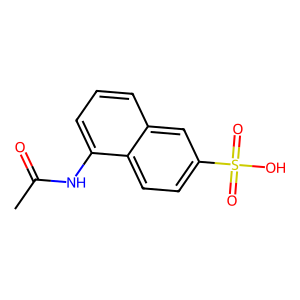
SMILES: CC(=O)Nc1cccc2cc(S(=O)(=O)O)ccc12
Inhibits HIV replication: No